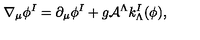
\nabla _ { \mu } \phi ^ { I } = \partial _ { \mu } \phi ^ { I } + g { \cal A } ^ { \Lambda } k _ { \Lambda } ^ { I } ( \phi ) ,